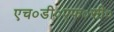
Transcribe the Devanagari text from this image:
एच०डी०एफ०सी०